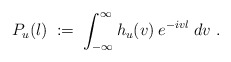
\begin{align*}P_u(l) \;:=\; \int_{-\infty}^\infty h_u(v) \: e^{-ivl} \;dv \;. \end{align*}